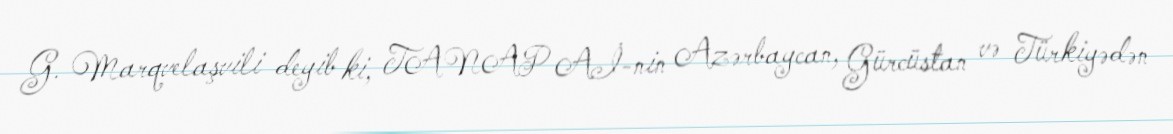
G. Marqvelaşvili deyib ki, TANAP Aİ-nin Azərbaycan, Gürcüstan və Türkiyədən